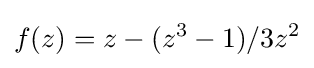
f(z)=z-(z^{3}-1)/3z^{2}